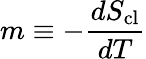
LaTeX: m\equiv-\frac{dS_{\mathrm{cl}}}{dT}